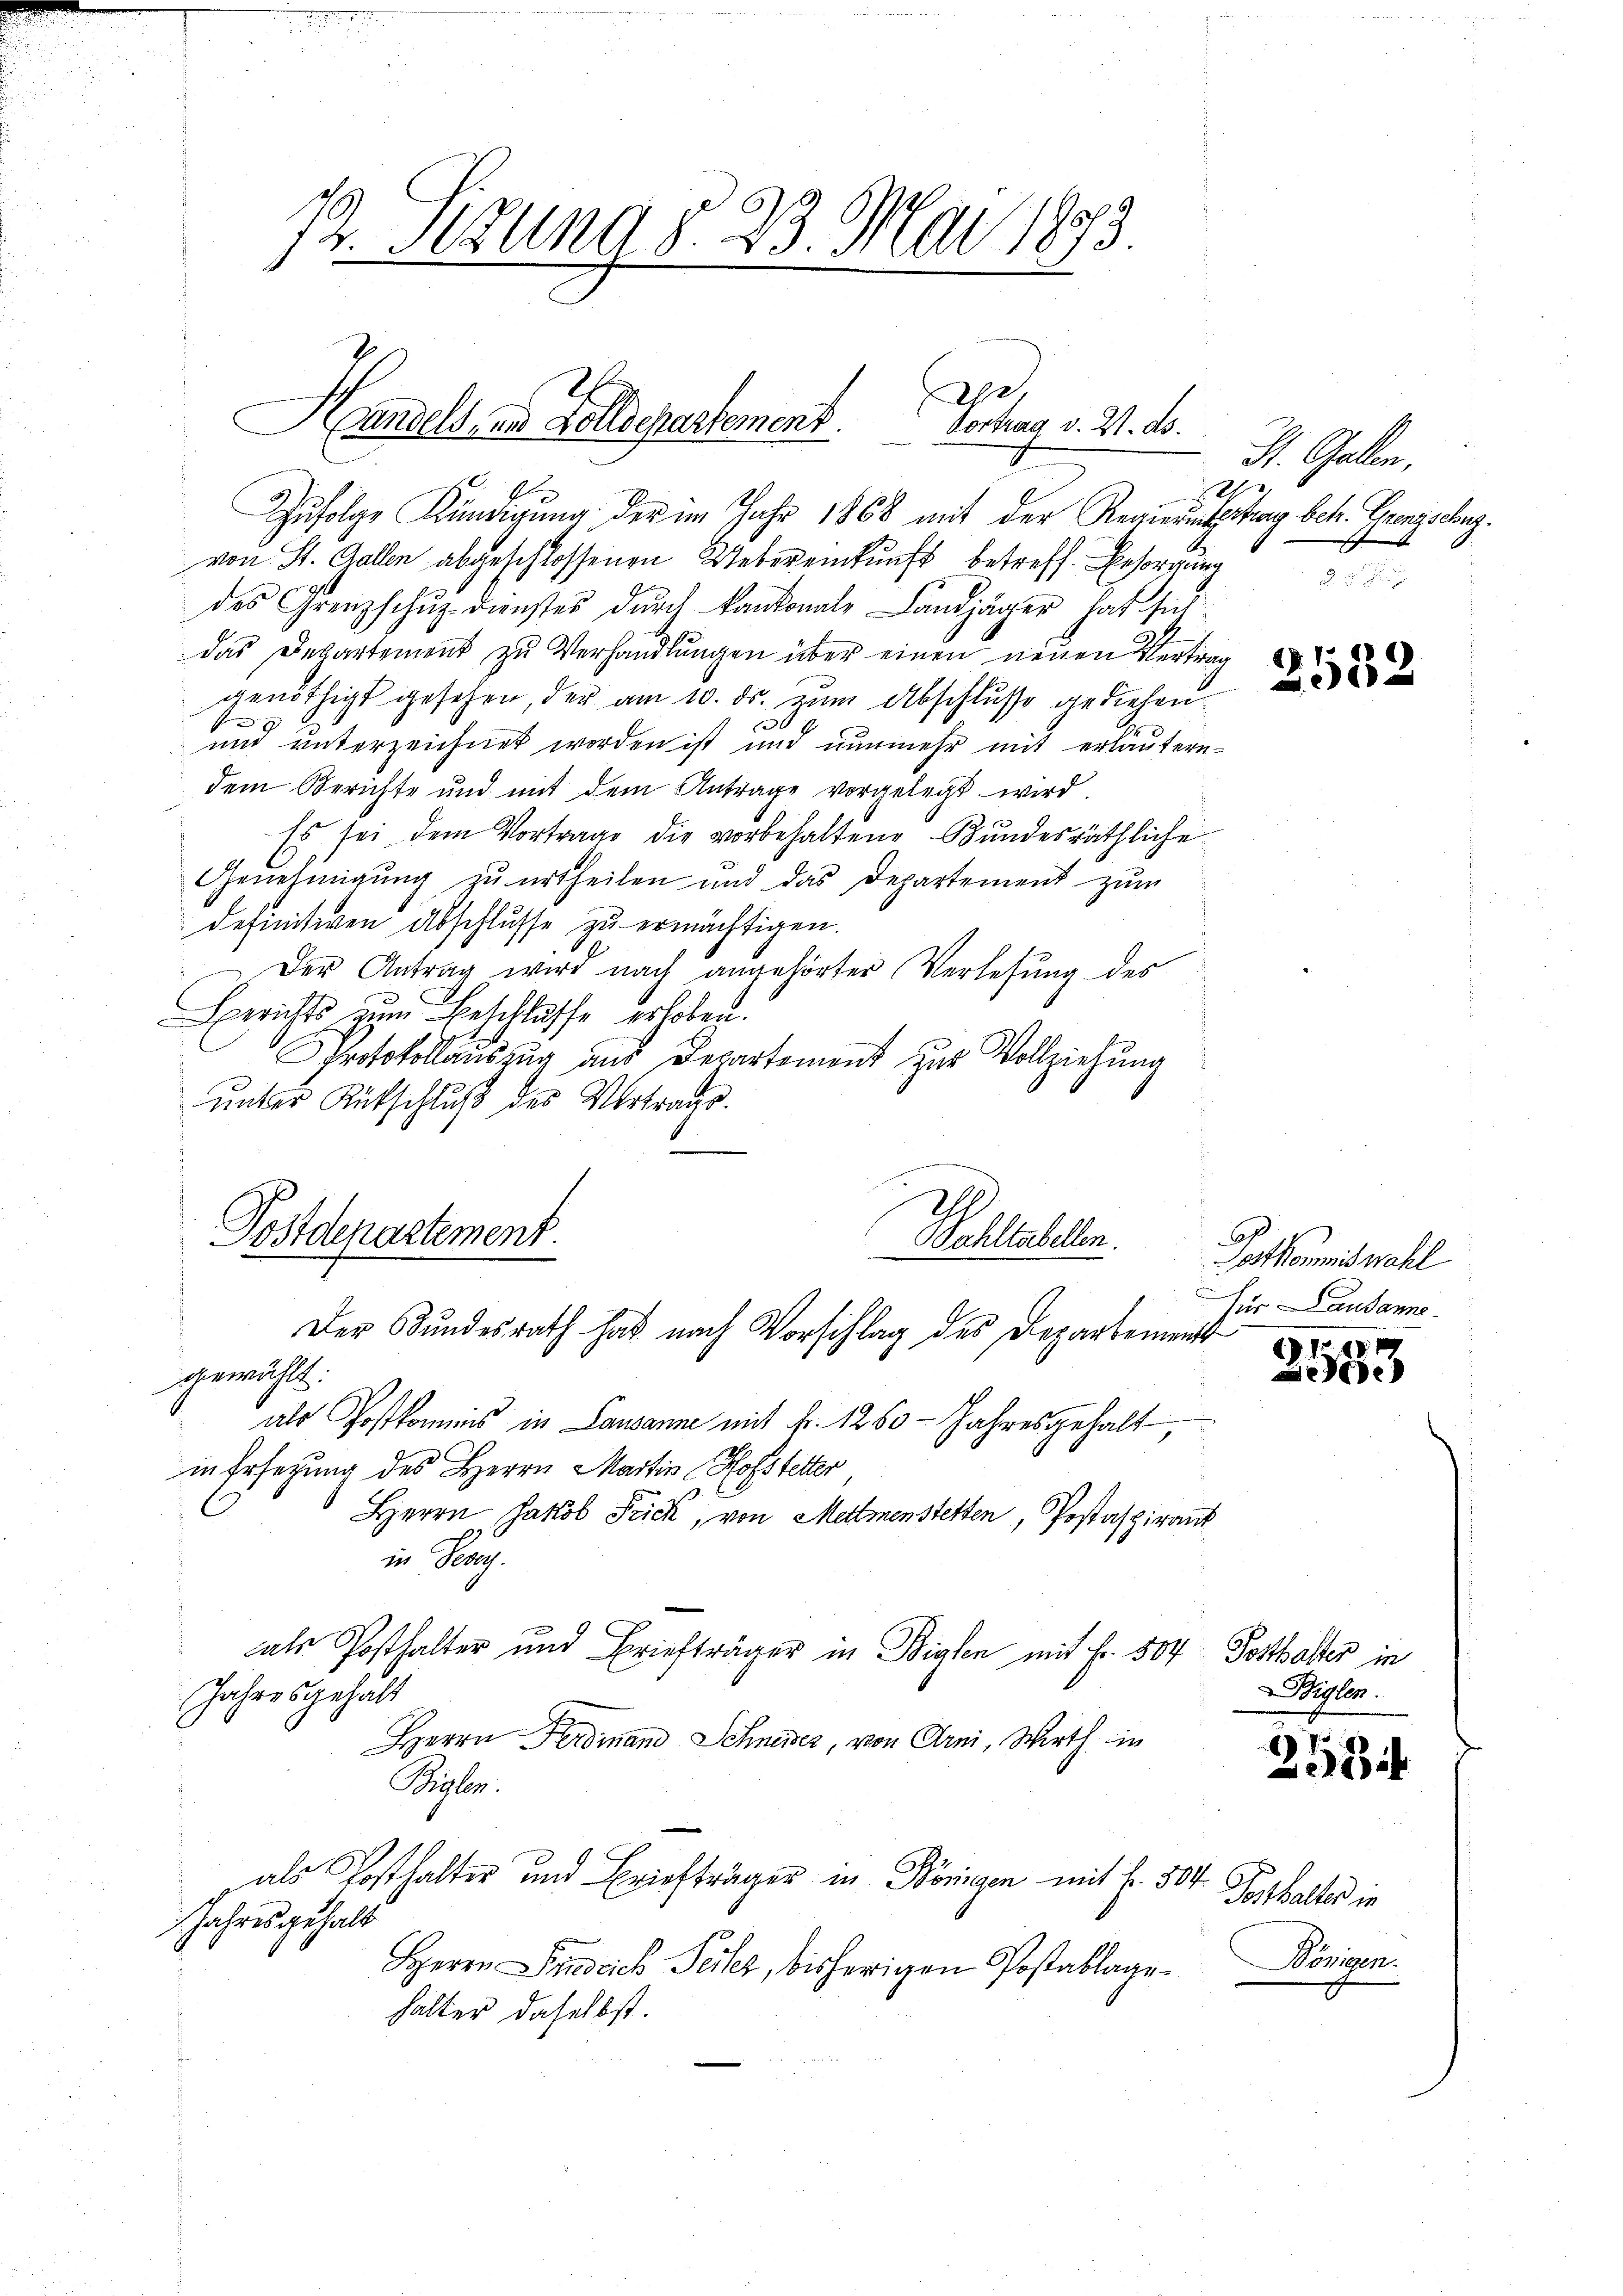
12. Jezung § 23. Mai 1873
4

Apr
Handelt, und Sollschartement. Vortung v. W. ds.

Zufolge Kündigung der im Jahr 1868 mit der Regierungsstrag betr. Grenzschung.
von St. Gallen abgeschlossenen Uebereinkunft betreff. Besorgung
des Grenzschuz Dienstes durch kantonale Landjäger hat sich
das Departement zu Verhandlŭngen über einen neuen Vertrag
genöthigt gesehen, der am 10. ds. zum Abschlusse gediehen
s |
x
und unterzeichnet worden ist und nunmehr mit erläutern-
dem Berichte und mit dem Antrage vorgelegt wird.
Es sei dem Vortrage die vorbehaltene Bundesräthliche
Genehmigung zu urtheilen und das Departement zum
definitiven Abschlusse zu ermächtigen.
Der Antrag wird nach angehörter Verlesung des
Berichts zum Beschlusse erhoben.
Protokollauszug aus Departement zur Vollziehung
unter Rutschluß des Vertrage.

gewählt.
als Postkommnis in Lausanne mit fr. 1260 - Jahresgehalt,
in Ersetzung des Herrn Martin Hofstetter
Herrn Jakob Frick, von Mettmenstetten, Postaspirant
ii Sekr.
n
als Posthalter und Briefträger in Biglen mit Fr. 504 Potthalter in
Jahresgehalt
HHerrn Ferdinand Schneider, von Arni, Wirth in
Beylen
als Kosthalter und Briefträger in Königen mit f. 504
Jahres gehalt
HHerrn Strich Teiler, bisherigen Postablage
halter daselbst.

Postdenartement
Wohltabellen.
Der Bundesrath hat nach Vorschlag des Departement

St. Gallen,
i
sch

2532

A
ostkommiswahl
s
für Lausanne

11 40 x
e

Biglen.

2584

Posthalter in
Bönigen.